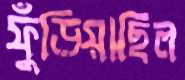
ফুঁড়িয়াছিল